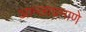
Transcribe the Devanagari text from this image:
आम्लाप्रमाणे